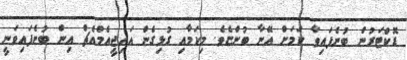
ޑޮކްޓަރުން ބުނެފައިވާ ކަމަށް އޭނާ ބުންޏެވެ. މިކަމާއި ގުޅިގެން އައިޖީއެމްއެޗް އިން ބުނެފައިވަނީ